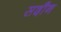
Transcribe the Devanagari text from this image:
सदौन